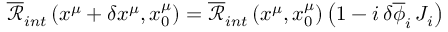
\begin{array} { r } { \overline { { \mathcal { R } } } _ { i n t } \left( x ^ { \mu } + \delta x ^ { \mu } , x _ { 0 } ^ { \mu } \right) = \overline { { \mathcal { R } } } _ { i n t } \left( x ^ { \mu } , x _ { 0 } ^ { \mu } \right) \left( 1 - i \, \delta \overline { { \phi } } _ { i } \, J _ { i } \right) } \end{array}